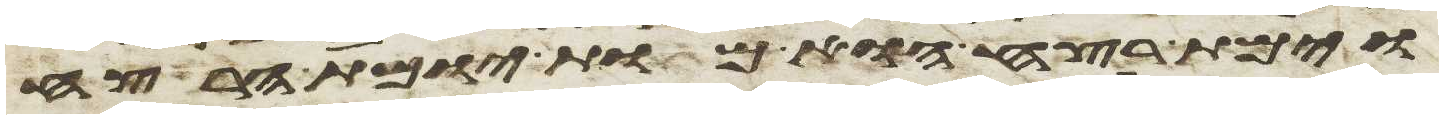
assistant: וימת רצח הוא מות יומת הרצח